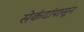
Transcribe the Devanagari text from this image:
सेकंदांपासून